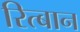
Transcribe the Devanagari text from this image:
रित्बान